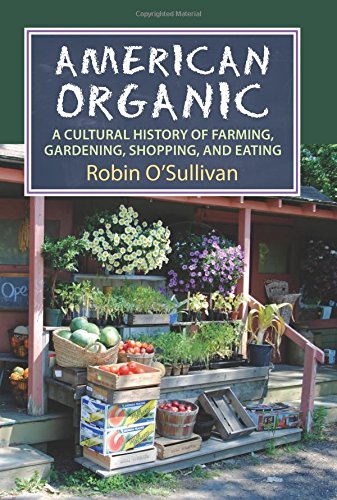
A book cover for American Organic: A Cultural History of Farming, Gardening, Shopping, and Eating (CultureAmerica); Robin O'Sullivan; Cookbooks, Food & Wine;